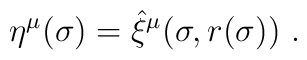
\eta^\mu (\sigma)  = \hat \xi^\mu (\sigma , r(\sigma))\ .